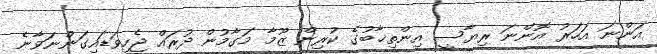
އަންނަ އަހަރު އޮންނަ ރިޔާސީ އިންތިޚާބުގެ ކުރިން ޒޫމާ މަގާމުން ދުރައް ޖެހިވަޑައިގަންނަވާނެ